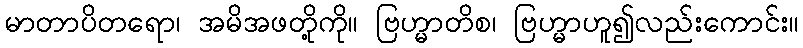
မာတာပိတရော၊ အမိအဖတို့ကို။ ဗြဟ္မာတိစ၊ ဗြဟ္မာဟူ၍လည်းကောင်း။